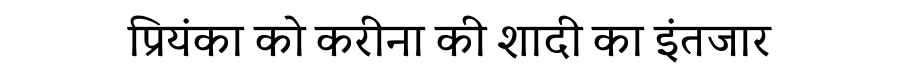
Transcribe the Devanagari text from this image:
प्रियंका को करीना की शादी का इंतजार